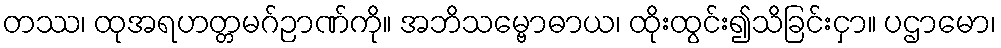
တဿ၊ ထုအရဟတ္တမဂ်ဉာဏ်ကို။ အဘိသမ္ဗောဓာယ၊ ထိုးထွင်း၍သိခြင်းငှာ။ ပဌာမော၊